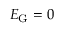
E _ { \mathrm { G } } = 0